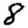
Digit: 8